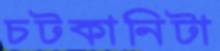
চটকানিটা